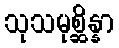
သုသမုစ္ဆိန္နာ